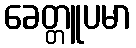
ခေတ္တူပမာ